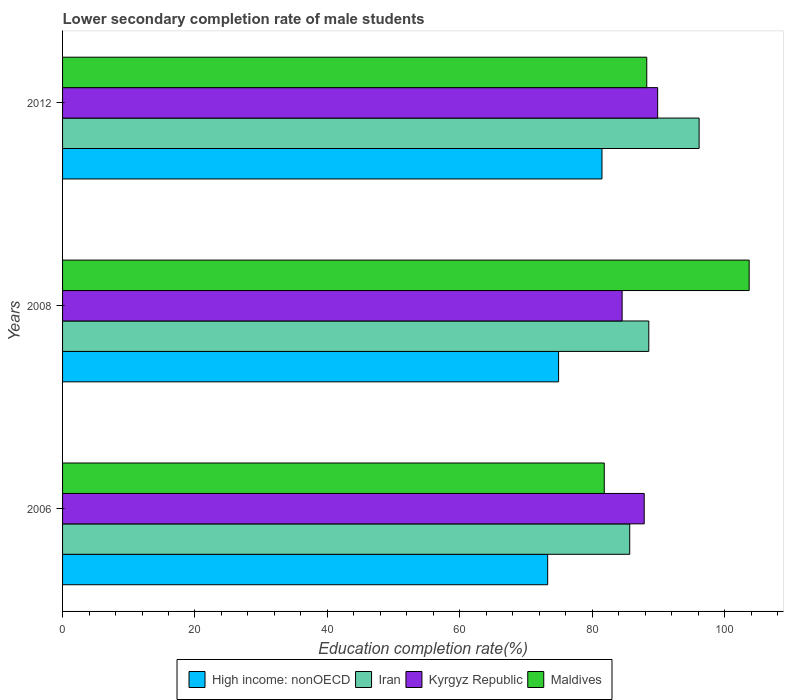
| Years | High income: nonOECD | Iran | Kyrgyz Republic | Maldives |
 | --- | --- | --- | --- | --- |
 | 2006 | 73.3 | 85.7 | 87.9 | 81.8 |
 | 2008 | 74.9 | 88.5 | 84.5 | 104 |
 | 2012 | 81.5 | 96.1 | 89.9 | 88.2 |